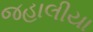
જહાલીયા